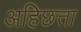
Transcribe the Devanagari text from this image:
अहिछत्ता